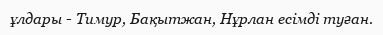
ұлдары - Тимур, Бақытжан, Нұрлан есімді туған.